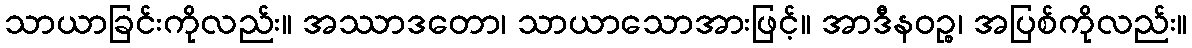
သာယာခြင်းကိုလည်း။ အဿာဒတော၊ သာယာသောအားဖြင့်။ အာဒီနဝဉ္စ၊ အပြစ်ကိုလည်း။